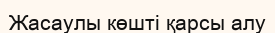
Жасаулы көшті қарсы алу